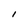
Character: l